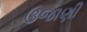
ઉજાણી